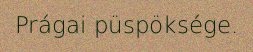
Prágai püspöksége.